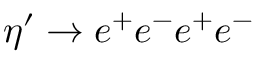
\eta ^ { \prime } \rightarrow e ^ { + } e ^ { - } e ^ { + } e ^ { - }